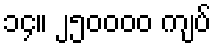
၁၄။ ၂၅၀၀၀၀ ကျပ်